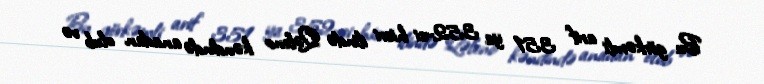
Bu görkəmli arif 351 ya 352-ci hicri ilində Qəleno kəndində anadan olub və